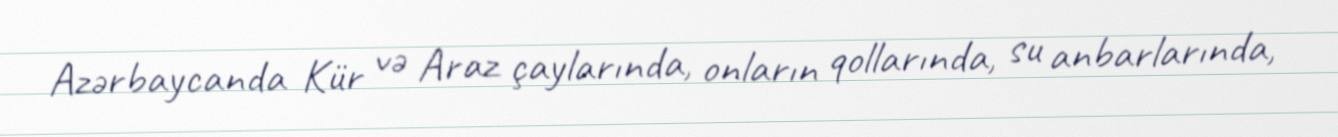
Azərbaycanda Kür və Araz çaylarında, onların qollarında, su anbarlarında,